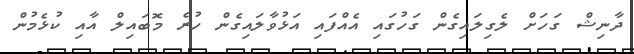
ދާނިޝް ގަހަށް ލެގިލައިގެން ގަހުގައި އެއްފައި އަޅުވާލައިގެން ހުރެ މޮބައިލް އާއި ކުޅެމުން